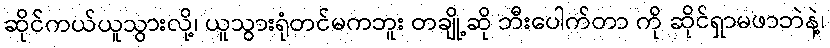
ဆိုင်ကယ်ယူသွားလို့၊ ယူသွားရုံတင်မကဘူး တချို့ဆို ဘီးပေါက်တာ ကို ဆိုင်ရှာမဖာဘဲနဲ့၊